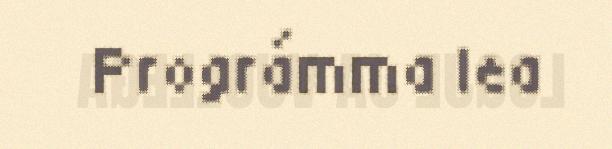
Prográmma lea